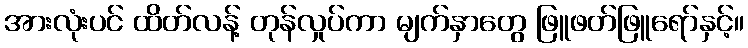
အားလုံးပင် ထိတ်လန့် တုန်လှုပ်ကာ မျက်နှာတွေ ဖြူဖတ်ဖြူရော်နှင့်။